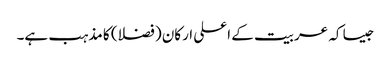
جیسا کہ عربیت کے اعلی ارکان (فضلا) کا مذہب ہے۔